Leaving Certificate Examination (including Day School Certificate (Higher) General paper), 1938
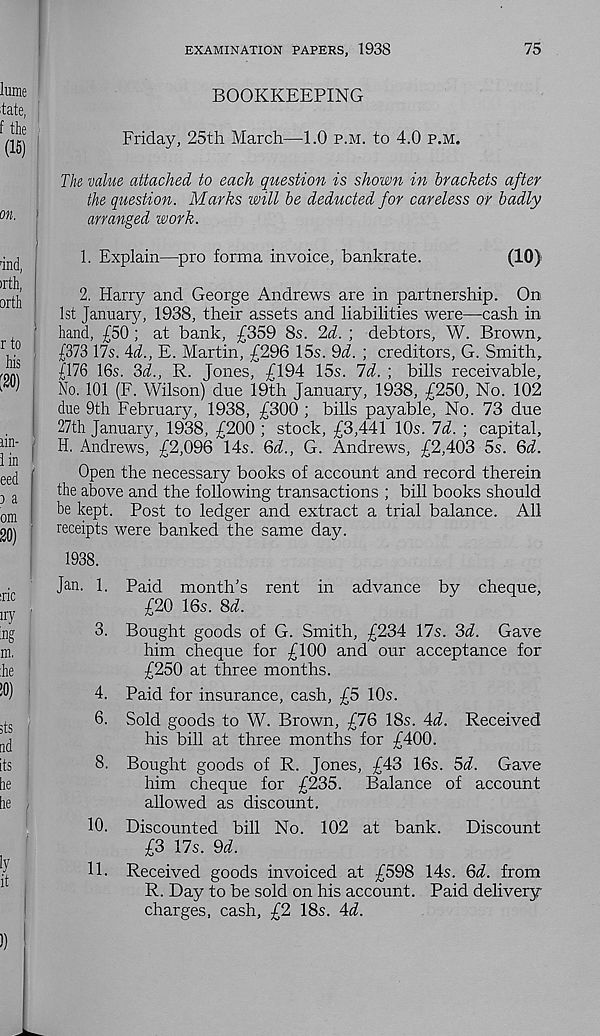
EXAMINATION PAPERS, 1938
75
BOOKKEEPING
Friday, 25th March—1.0 p.m. to 4.0 p.m.
The value attached to each question is shown in brackets after
the question. Marks will be deducted for careless or badly
arranged work.
1. Explain—pro forma invoice, bankrate.
(10)
2. Harry and George Andrews are in partnership. On
1st January, 1938, their assets and liabilities were—cash in
hand, £50; at bank, £359 8s. 2d. ; debtors, W. Brown,
£373 17s. Ad., E. Martin, £296 15s. Qd. ; creditors, G. Smith,
£176 16s. 3d., R. Jones, £194 15s. Id. ; bills receivable.
No. 101 (F. Wilson) due 19th January, 1938, £250, No. 102
due 9th February, 1938, £300 ; bills payable. No. 73 due
27th January, 1938, £200 ; stock, £3,441 10s. Id. ; capital,
f H. Andrews, £2,096 14s. Qd., G. Andrews, £2,403 5s. Qd.
Open the necessary books of account and record therein
the above and the following transactions ; bill books should
be kept. Post to ledger and extract a trial balance. All
receipts were banked the same day.
1938.
Jan. 1. Paid month's rent in advance by cheque,
£20 16s. %d.
3. Bought goods of G. Smith, £234 17s. 3d. Gave
him cheque for £100 and our acceptance for
£250 at three months.
4. Paid for insurance, cash, £5 10s.
6. Sold goods to W. Brown, £76 18s. Ad. Received
his bill at three months for £400.
8. Bought goods of R. Jones, £43 16s. 5d. Gave
him cheque for £235.
Balance of account
allowed as discount.
10. Discounted bill No. 102 at bank.
Discount
£3 17s. 9d.
11. Received goods invoiced at £598 14s. 3d. from
R. Day to be sold on his account. Paid delivery-
charges, cash, £2 18s. Ad.